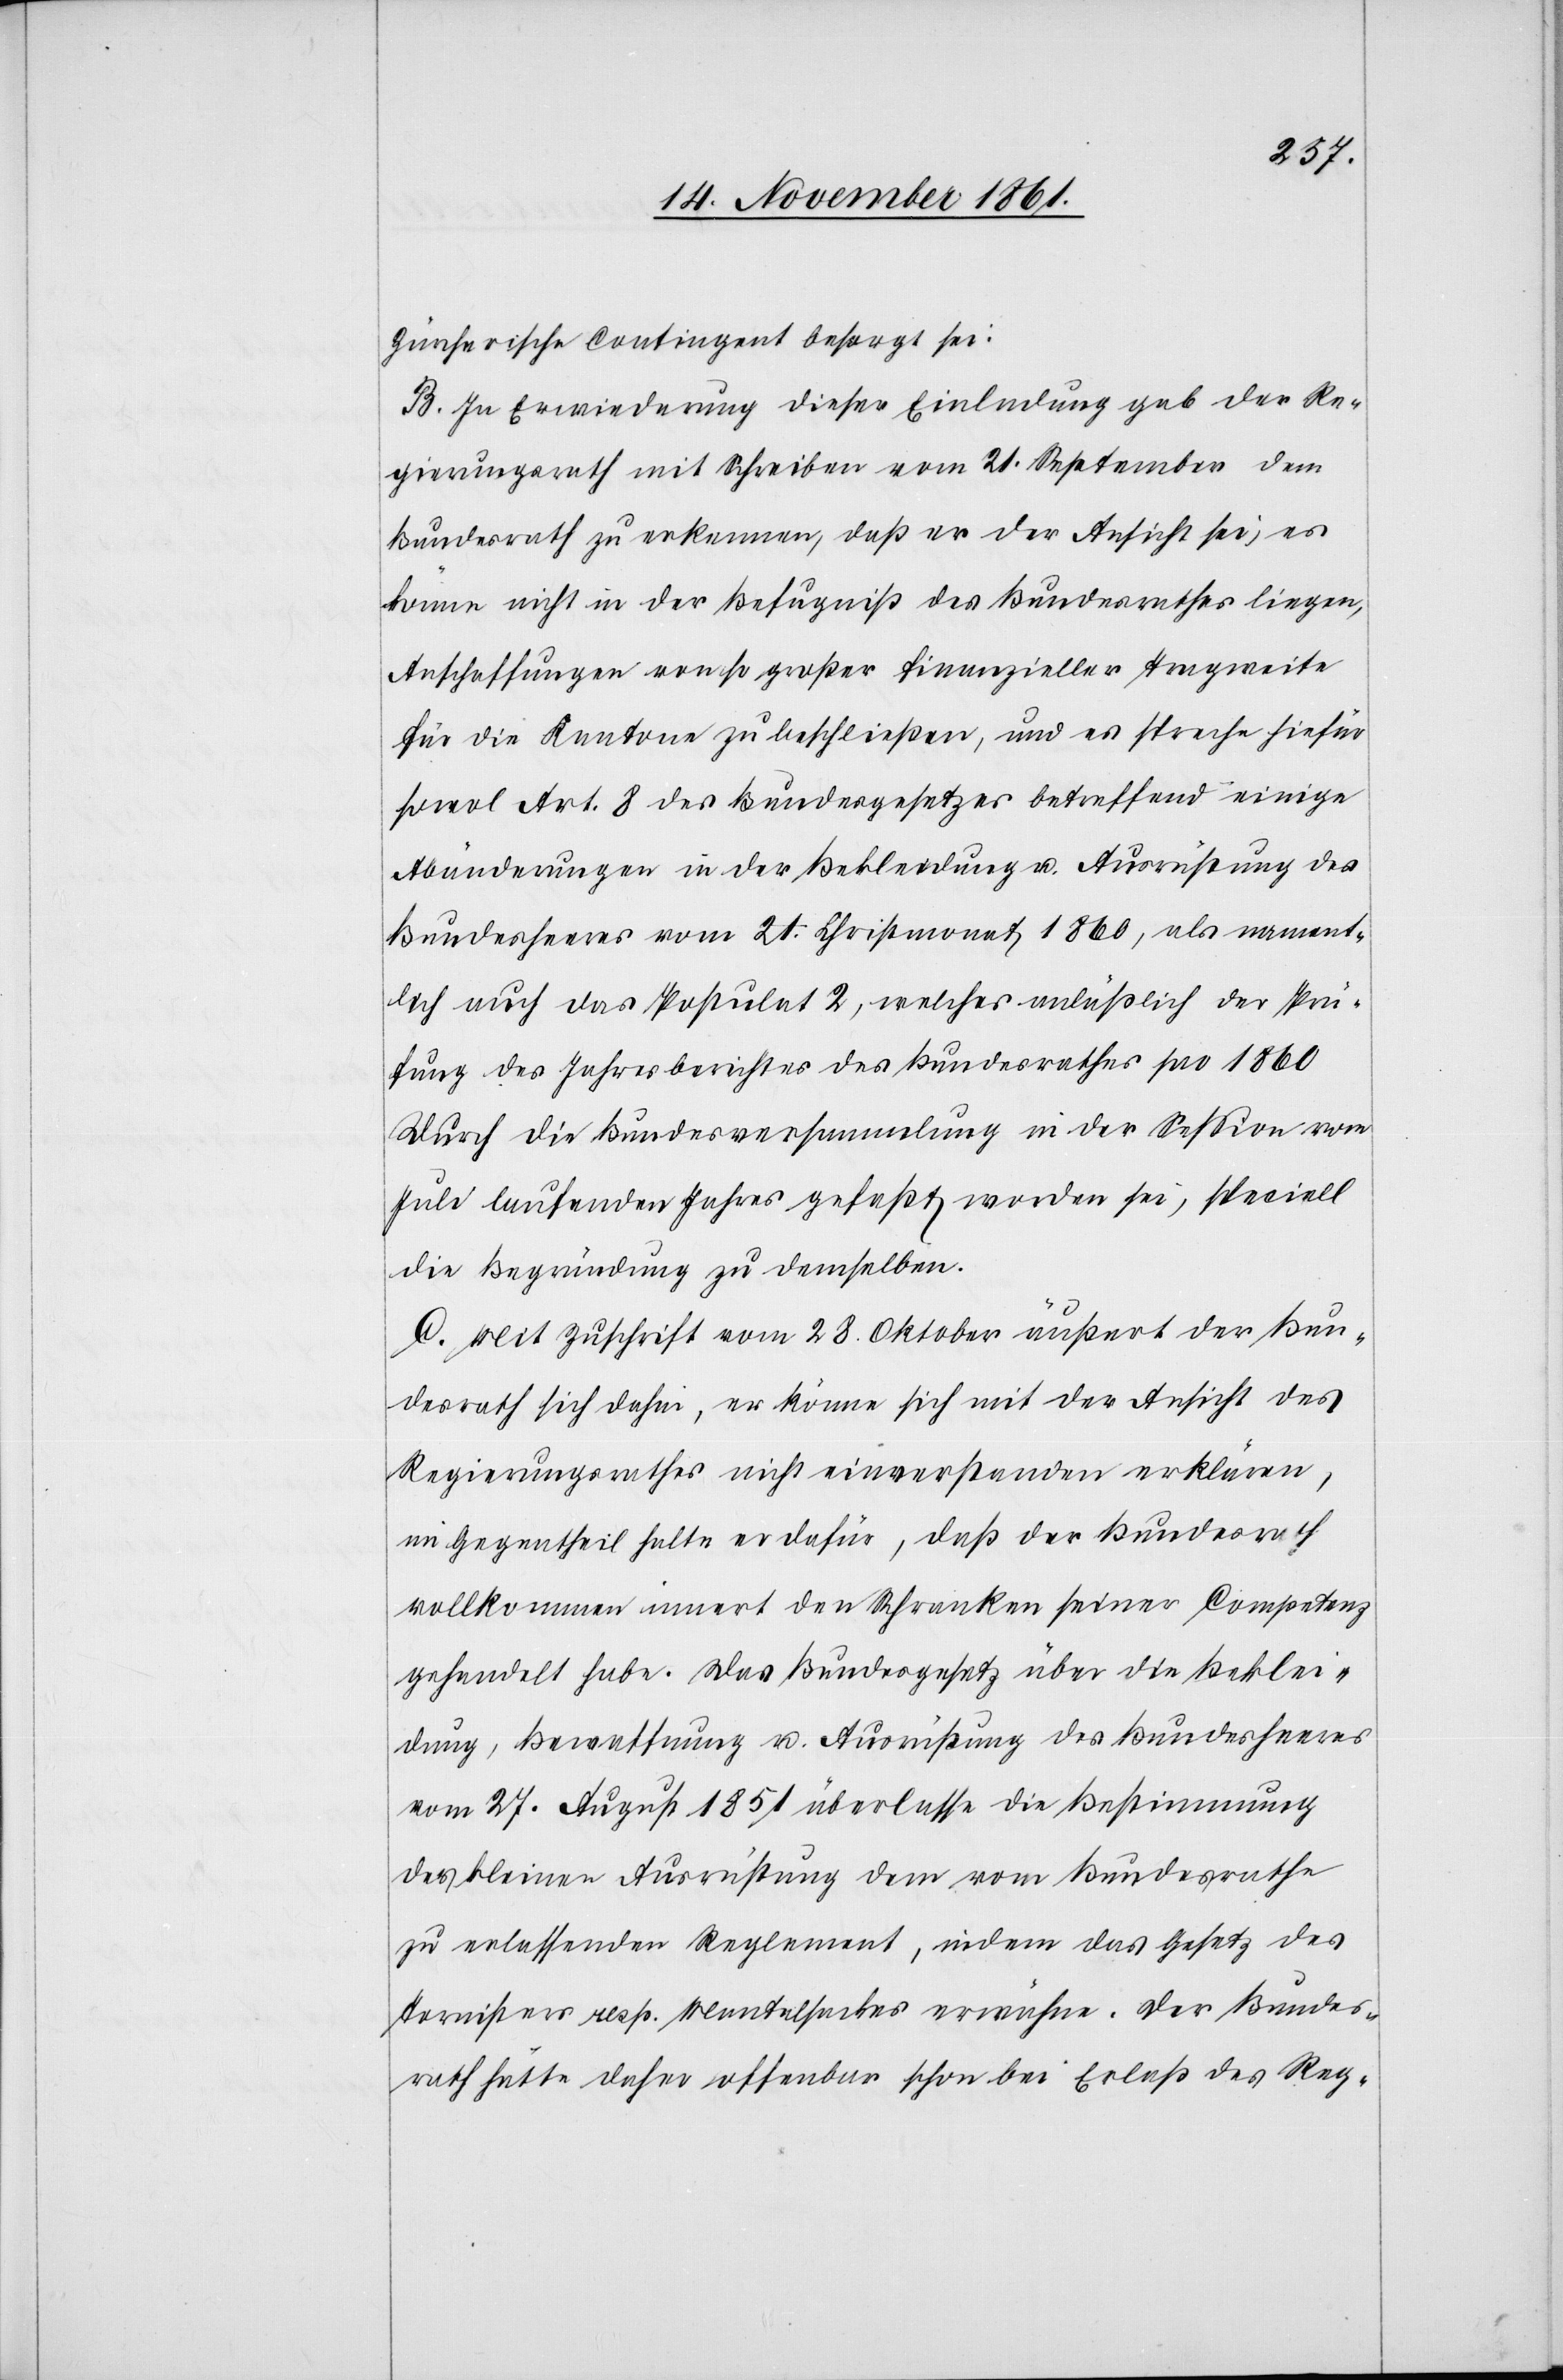
Züricherische Contingent besorgt sei:
B. In Erwiederung dieser Einladung gab der Re¬
gierungsrath mit Schreiben vom 21 September dem
Bundesrath zu erkennen, daß er der Ansicht sei, es
könne nicht in der Befugniß des Bundesrathes liegen,
Anschaffungen von so großer finanzieller Tragweite
für die Kantone zu beschließen, und es spreche hiefür
sowol Art. 8 des Bundesgesetzes betreffend einige
Abänderungen in der Bekleidung u. Ausführung des
Bundesheeres vom 21 Christmonat 1860, als nament¬
lich auch das Postulat 2, welches anläßlich der Prü¬
fung des Jahresberichtes des Bundesrathes pro 1860
durch die Bundesversammlung in der Seßion vom
Juli laufenden Jahres gefaßt worden sei, speziell
die Begründung zu demselben.
C. Mit Zuschrift vom 28 Oktober äußert der Bun¬
desrath sich dahin, er könne sich mit der Ansicht des
Regierungsrathes nicht einverstanden erklären,
im Gegentheil halte er dafür, daß der Bundesrath
vollkommen innert den Schranken seiner Competenz
gehandelt habe. Das Bundesgesetz über die Beklei¬
dung, Beschaffung u. Ausführung des Bundesheeres
vom 27 August 1851 überlasse die Bestimmmung
der kleinen Ausrüstung dem vom Bundesrathe
zu erlassenden Reglement, indem das Gesetz des
Tornisters resp. Mantelsackes erwähne. Der Bundes¬
rath hätte daher offenbar schon bei Erlaß des Reg-